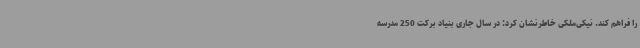
را فراهم کند. نیکی‌ملکی خاطرنشان کرد: در سال جاری بنیاد برکت 250 مدرسه